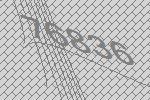
76836